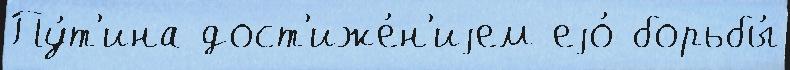
Пу́т'ина дост'иже́н'иjем еjо́ борьбы́